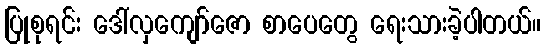
ပြုစုရင်း ဒေါ်လှကျော်ဇော စာပေတွေ ရေးသားခဲ့ပါတယ်။